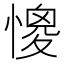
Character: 𢠧